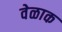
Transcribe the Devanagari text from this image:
वेळाक